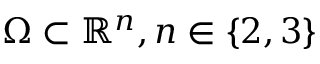
\Omega \subset \mathbb { R } ^ { n } , n \in \{ 2 , 3 \}